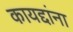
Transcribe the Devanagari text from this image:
कायद्दांना